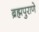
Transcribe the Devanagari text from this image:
ब्रह्मपुराणे